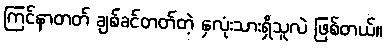
ကြင်နာတတ် ချစ်ခင်တတ်တဲ့ နှလုံးသားရှိသူလဲ ဖြစ်တယ်။